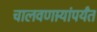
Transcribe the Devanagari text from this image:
चालवणार्‍यांपर्यंत